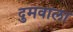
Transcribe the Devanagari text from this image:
दुमवाला